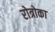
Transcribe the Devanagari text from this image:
रोत्रोका